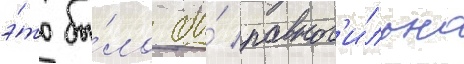
э́то бы́ло бы́ равнос'и́льно